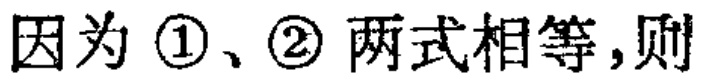
因为 \textcircled{1}、\textcircled{2} 两式相等，则